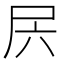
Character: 𰍲